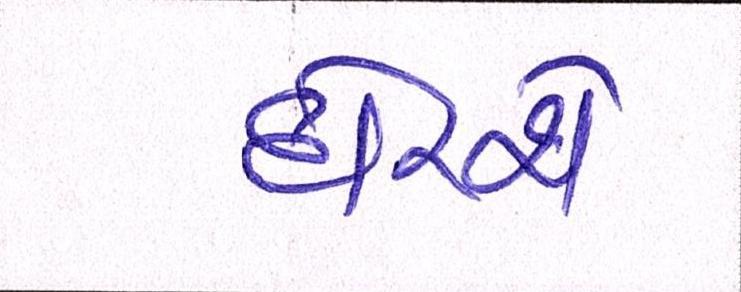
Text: દોરશે